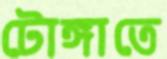
টোঙ্গাতে